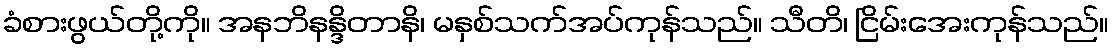
ခံစားဖွယ်တို့ကို။ အနဘိနန္ဒိတာနိ၊ မနှစ်သက်အပ်ကုန်သည်။ သီတိ၊ ငြိမ်းအေးကုန်သည်။